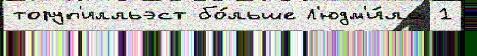
торуп'илльэст бо́льше Л'юдм'и́ла 1